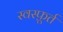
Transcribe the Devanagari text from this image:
स्वस्फ़ूर्त